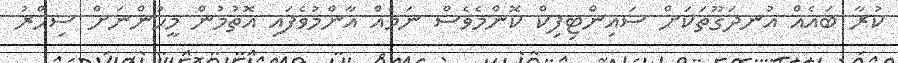
ކުރާ ބައެއް އުނދަގޫތަކަށް ސައިންޓިފިކް ކޮންމެވެސް ނަމެއް އާންމުވެފައި އޮތުމުން މީހުންނަށް ސިހްރު